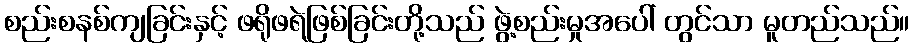
စည်းစနစ်ကျခြင်းနှင့် ဖရိုဖရဲဖြစ်ခြင်းတို့သည် ဖွဲ့စည်းမှုအပေါ် တွင်သာ မူတည်သည်။